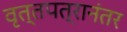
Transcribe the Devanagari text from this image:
वृत्तपत्रानंतर